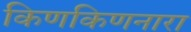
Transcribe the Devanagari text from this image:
किणकिणनारा